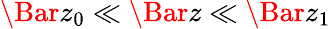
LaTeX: \Bar{z}_{0}\ll\Bar{z}\ll\Bar{z}_{1}